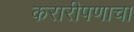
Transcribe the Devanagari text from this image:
करारीपणाचा